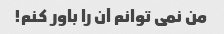
من نمی توانم آن را باور کنم!